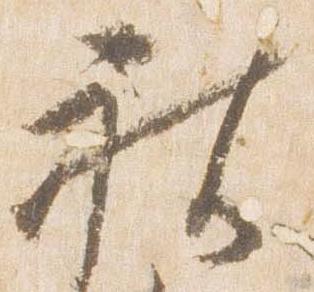
被